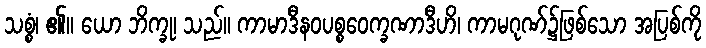
သစ္စံ၊ ၏။ ယော ဘိက္ခု၊ သည်။ ကာမာဒီနဝပစ္စဝေက္ခဏာဒီဟိ၊ ကာမဂုဏ်၌ဖြစ်သော အပြစ်ကို